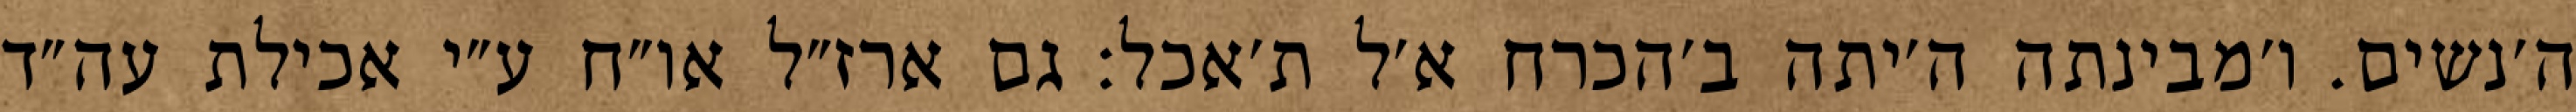
ה׳נשים. ו׳מבינתה ה׳יתה ב׳הכרח א׳ל ת׳אכל: גם ארז״ל או״ח ע״י אכילת עה״ד